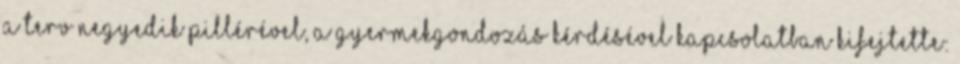
A terv negyedik pillérével, a gyermekgondozás kérdésével kapcsolatban kifejtette: